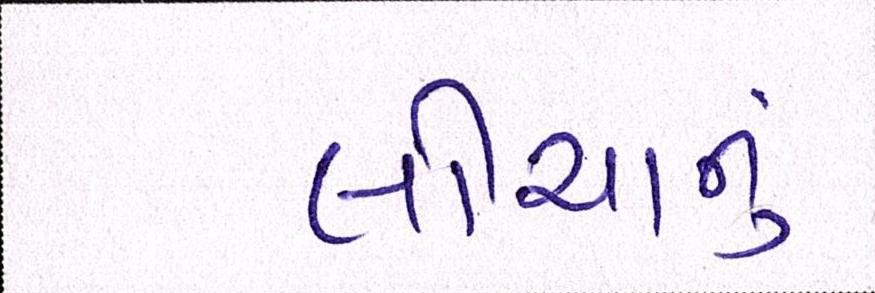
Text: લોચાનું